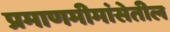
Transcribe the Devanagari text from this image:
प्रमाणमीमांसेतील